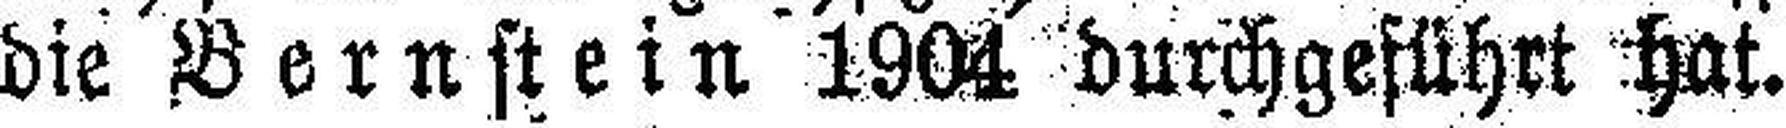
die Bernstein 1904 durchgeführt hat.